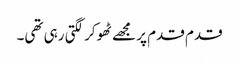
قدم قدم پر مجھے ٹھوکر لگتی رہی تھی۔